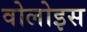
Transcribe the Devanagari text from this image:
वोलोइस